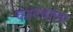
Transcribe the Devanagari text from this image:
काटवाला